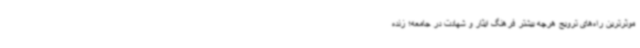
موثرترین راه‌های ترویج هرچه بیشتر فرهنگ ایثار و شهادت در جامعه؛ زنده